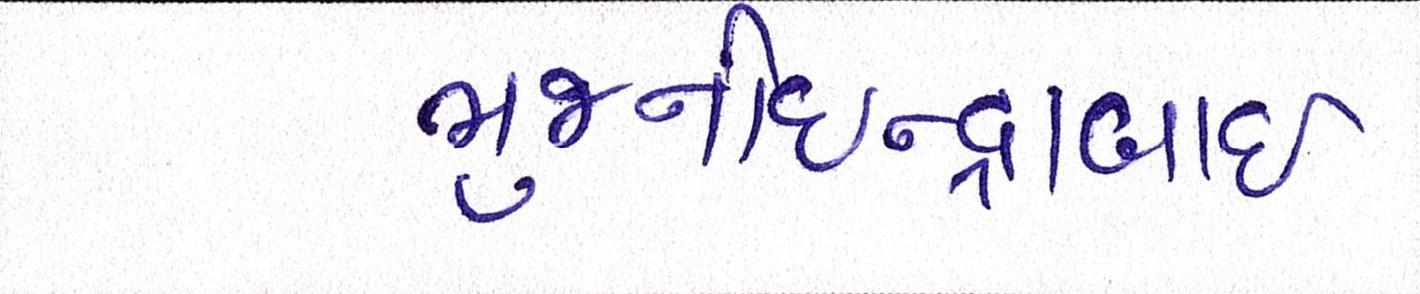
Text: ભુજનીઇન્દ્રાબાઇ